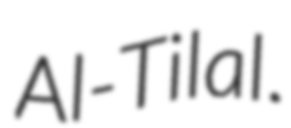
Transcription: Al-Tilal.